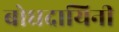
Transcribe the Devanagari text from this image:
बोधदायिनी